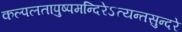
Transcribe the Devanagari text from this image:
कल्पलतापुष्पमन्दिरेऽत्यन्तसुन्दरे